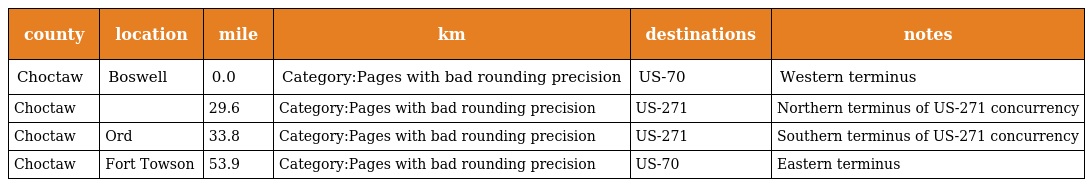
| county | location | mile | km | destinations | notes |
 | --- | --- | --- | --- | --- | --- |
 | Choctaw | Boswell | 0.0 | Category:Pages with bad rounding precision | US-70 | Western terminus |
 | Choctaw |  | 29.6 | Category:Pages with bad rounding precision | US-271 | Northern terminus of US-271 concurrency |
 | Choctaw | Ord | 33.8 | Category:Pages with bad rounding precision | US-271 | Southern terminus of US-271 concurrency |
 | Choctaw | Fort Towson | 53.9 | Category:Pages with bad rounding precision | US-70 | Eastern terminus |